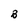
Character: B